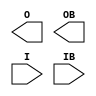
// This program was cloned from: https://github.com/aolofsson/oh
// License: MIT License



module IBUFDS_DIFF_OUT (O, OB, I, IB);

    parameter DIFF_TERM = "FALSE";
    parameter DQS_BIAS = "FALSE";
    parameter IBUF_LOW_PWR = "TRUE";
    parameter IOSTANDARD = "DEFAULT";
`ifdef XIL_TIMING
    parameter LOC = " UNPLACED";
`endif
    output O, OB;

    input  I, IB;


endmodule